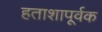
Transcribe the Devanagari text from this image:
हताशापूर्वक